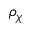
\rho _ { \chi }